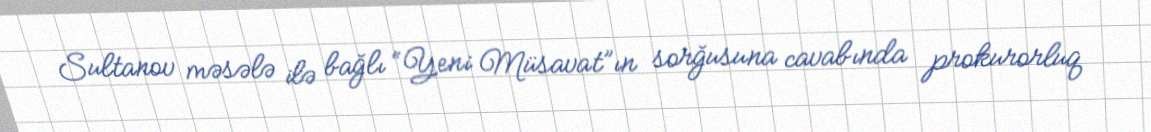
Sultanov məsələ ilə bağlı “Yeni Müsavat”ın sorğusuna cavabında prokurorluq